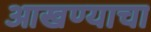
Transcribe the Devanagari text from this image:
आखण्याचा